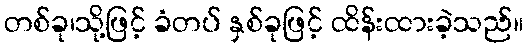
တစ်ခု၊သို့ဖြင့် ခံတပ် နှစ်ခုဖြင့် ထိန်းထားခဲ့သည်။